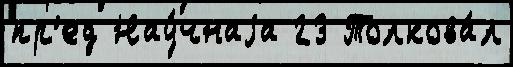
пр'ед Нау́чнаjа 23 Толкова́л